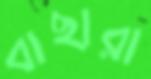
বাছারা